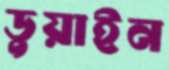
ডুয়াইন